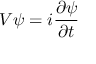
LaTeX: V \psi = i \frac { \partial \psi } { \partial t }